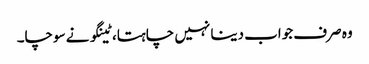
وہ صرف جواب دینا نہیں چاہتا، ٹینگو نے سوچا۔